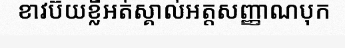
ខាវប៊យខ្លីអត់ស្គាល់អត្តសញ្ញាណបុក